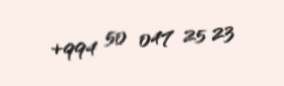
+994 50 047 25 23